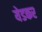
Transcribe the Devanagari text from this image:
येडकर